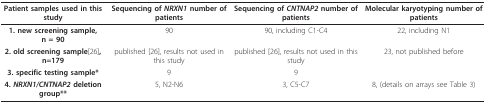
| Patient samples used in this study | Sequencing of NRXN1 number of patients | Sequencing of CNTNAP2 number of patients | Molecular karyotyping number of patients |
 | --- | --- | --- | --- |
 | 1. new screening sample, n = 90 | 90 | 90, including C1-C4 | 22, including N1 |
 | 2. old screening sample[26],n=179 | published [26], results not used in this study | published [26], results not used in this study | 23, not published before |
 | 3. specific testing sample* | 9 | 9 |  |
 | 4. NRXN1/CNTNAP2 deletion group** | 5, N2-N6 | 3, C5-C7 | 8, (details on arrays see Table 3) |